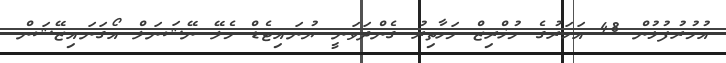
އުމުރުފުޅުން 48 އަހަރުގެ މުޚްރިޒް މަހާތިރު ގެންދަވަނީ ޔުނައިޓެޑް މެލޭ ނޭޝަނަލް އޯގަނައިޒޭޝަން